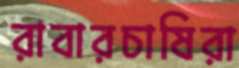
রাবারচাষিরা